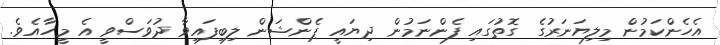
އެެހެންކަމުން މިލިޔަނަރުގެ ގޮތުގައި ފެންނަމުން ދިޔައީ ޕެންޝަން ލިބިފައިވާ ދުވަސްވީ އެ މީހާއެވެ.